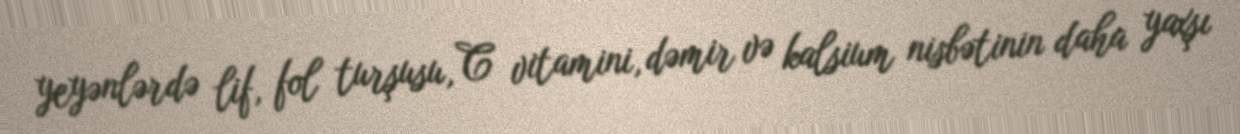
yeyənlərdə lif, fol turşusu, C vitamini, dəmir və kalsium nisbətinin daha yaxşı